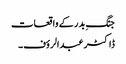
جنگِ بدر کے واقعات
ڈاکٹر عبدالرؤف ۔